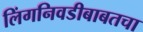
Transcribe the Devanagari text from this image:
लिंगनिवडीबाबतचा